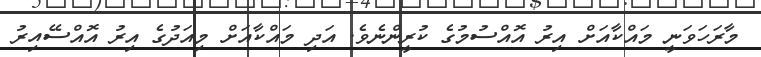
މާރަހަވަނީ މައްކާއަށް އިރު އޮއްސުމުގެ ކުރީންނެވެ. އަދި މައްކާއަށް މިއަދުގެ އިރު އޮއްސޭއިރު